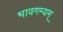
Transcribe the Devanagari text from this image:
भावगम्यम्